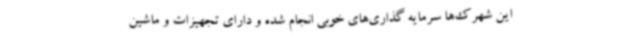
این شهرک‌ها سرمایه گذاری‌های خوبی انجام شده و دارای تجهیزات و ماشین